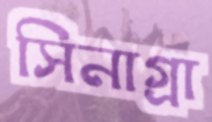
সিনাগ্রা